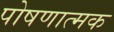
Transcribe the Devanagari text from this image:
पोषणात्मक